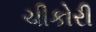
ચીકોરી